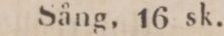
Sång, 16 sk.